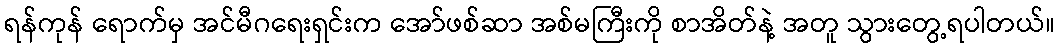
ရန်ကုန် ရောက်မှ အင်မီဂရေးရှင်းက အော်ဖစ်ဆာ အစ်မကြီးကို စာအိတ်နဲ့ အတူ သွားတွေ့ရပါတယ်။